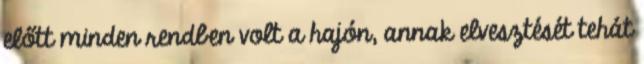
előtt minden rendben volt a hajón, annak elvesztését tehát